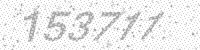
Solution: 153711